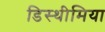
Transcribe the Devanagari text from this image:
डिस्थीमिया